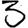
Digit: 3